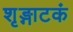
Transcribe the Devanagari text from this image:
शृङ्गाटकं